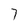
Character: 7